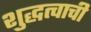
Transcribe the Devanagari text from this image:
शुद्धत्वाची